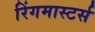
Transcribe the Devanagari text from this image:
रिंगमास्टर्स